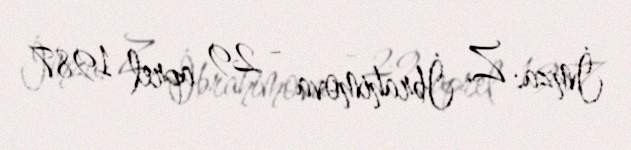
İmza: Z. İbrahimova - 29 aprel 1987